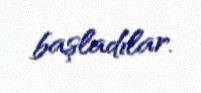
başladılar.